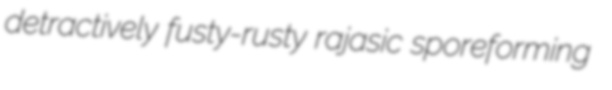
detractively fusty-rusty rajasic sporeforming